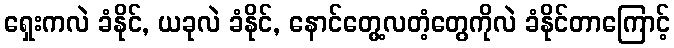
ရှေးကလဲ ခံနိုင်, ယခုလဲ ခံနိုင်, နောင်တွေ့လတံ့တွေကိုလဲ ခံနိုင်တာကြောင့်